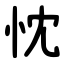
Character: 忱